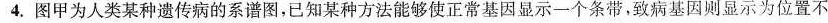
4.图甲为人类某种遗传病的系谱图，已知某种方法能够使正常基因显示一个条带，致病基因则显示为位置不